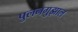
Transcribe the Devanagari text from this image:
पुलनगुझाल